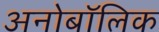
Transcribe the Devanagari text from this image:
अनोबॉलिक